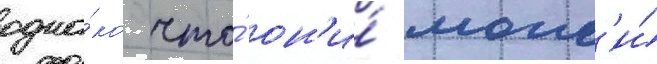
одна́ко что́ он'и́ могл'и́